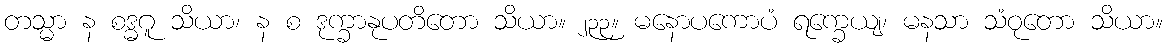
တသ္မာ န စဒ္ဓဂူ သိယာ၊ န စ ဒုက္ခာနုပတိတော သိယာ။ ၂၃၃။ မနောပကောပံ ရက္ခေယျ၊ မနသာ သံဝုတော သိယာ။